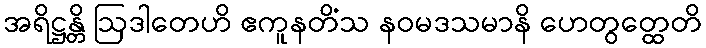
အရိဋ္ဌန္တိ ဩဒါတေဟိ ဧကူနတိံသ နဝမဒသမာနိ ဟေတွတ္ထေတိ